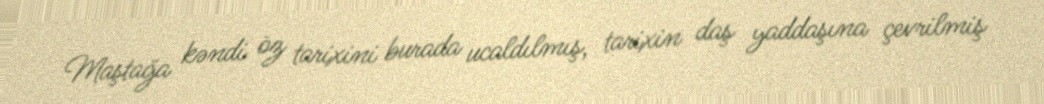
Maştağa kəndi öz tarixini burada ucaldılmış, tarixin daş yaddaşına çevrilmiş